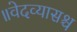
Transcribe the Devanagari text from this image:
॥वेदव्यासश्च